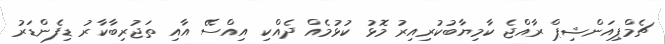
ޗެމްޕިއަންޝިޕް ރާއްޖެ ކާމިޔާބުކުރިއިރު މޮޅު ކުޅުމެއް ދެއްކި އިއްސޭ އާއި ތަޖުރިބާކާރު ޑިފެންޑަރު